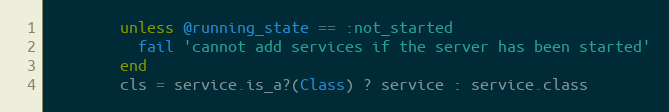
Language: Ruby
        unless @running_state == :not_started
          fail 'cannot add services if the server has been started'
        end
        cls = service.is_a?(Class) ? service : service.class